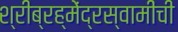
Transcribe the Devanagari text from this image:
श्रीब्रह्मेंद्रस्वामींची